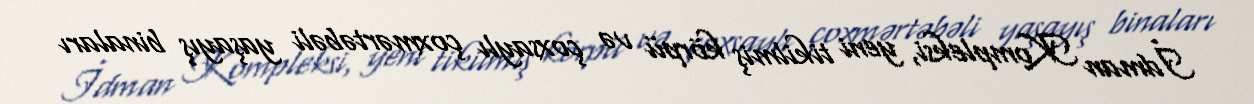
İdman Kompleksi, yeni tikilmiş körpü və çoxsaylı çoxmərtəbəli yaşayış binaları